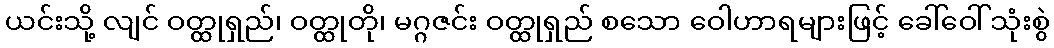
ယင်းသို့ လျင် ဝတ္ထုရှည်၊ ဝတ္ထုတို၊ မဂ္ဂဇင်း ဝတ္ထုရှည် စသော ဝေါဟာရများဖြင့် ခေါ်ဝေါ်သုံးစွဲ